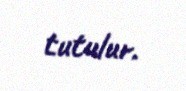
tutulur.